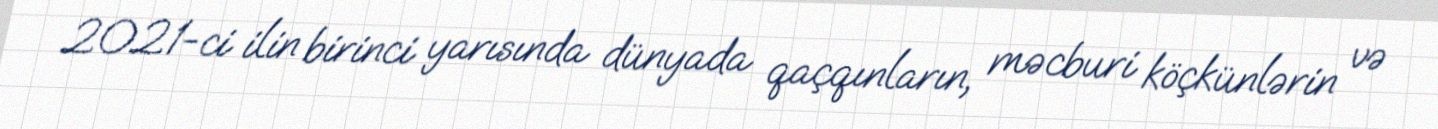
2021-ci ilin birinci yarısında dünyada qaçqınların, məcburi köçkünlərin və